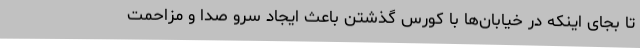
تا بجای اینکه در خیابان‌ها با کورس گذشتن باعث ایجاد سرو صدا و مزاحمت